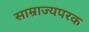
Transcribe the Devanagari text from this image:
साम्राज्यपरक